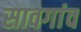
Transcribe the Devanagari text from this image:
सावगांव